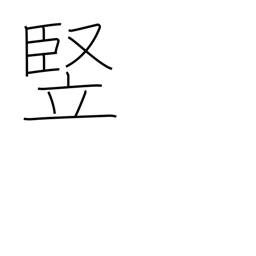
Meaning: length